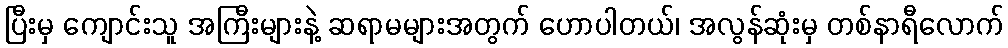
ပြီးမှ ကျောင်းသူ အကြီးများနဲ့ ဆရာမများအတွက် ဟောပါတယ်၊ အလွန်ဆုံးမှ တစ်နာရီလောက်